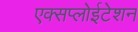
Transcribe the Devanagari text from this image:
एक्सप्लोईटेशन